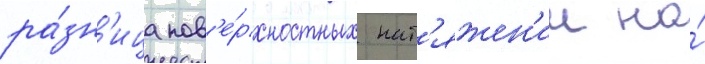
ра́зн'ица пов'е́рхностных нат'яжен'ии на́